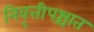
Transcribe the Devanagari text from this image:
निवृत्तीपश्चात